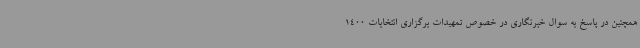
همچنین در پاسخ به سوال خبرنگاری در خصوص تمهیدات برگزاری انتخابات 1400